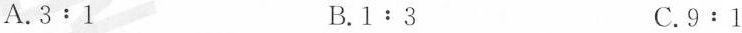
A.$$3:1$$ B.$$1:3$$ C.$$9:1$$